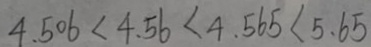
4 . 5 0 6 < 4 . 5 6 < 4 . 5 6 5 < 5 . 6 5